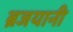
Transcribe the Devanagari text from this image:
ब्रजयानी